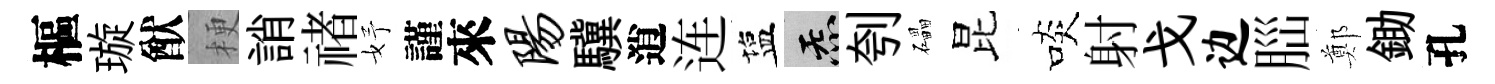
樞璇猷梗誚禇妤謹來阳驥逍连塩炁刳礧昆啖射戈边𦛁鄭鋤孔